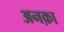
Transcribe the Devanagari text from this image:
अनक़ा